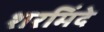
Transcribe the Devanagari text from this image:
शरमिंदे